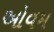
ઓવમ